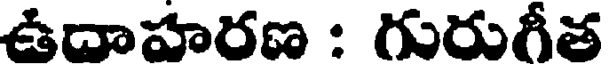
ఉదాహరణ : గురుగీత